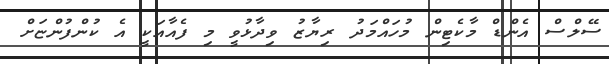
ސޭލްސް އެންޑް މާކެޓިން މުހައްމަދު ރިޔާޒު ވިދާޅުވީ މި ފެއާއަކީ އެ ކުންފުންޏަށް